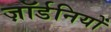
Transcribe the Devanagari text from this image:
ज़ॉर्डनियों